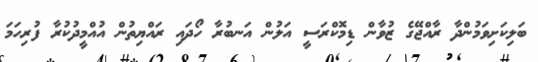
ބަލިކަށިވަމުންދާ ރާއްޖޭގެ ޒުވާން ޑިމޮކްރަސީ އަލުން އަނބުރާ ހޯދައި ރައްޔިތުން އުއްމީދުކުރާ ފުރިހަމަ